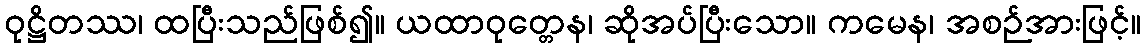
ဝုဋ္ဌိတဿ၊ ထပြီးသည်ဖြစ်၍။ ယထာဝုတ္တေန၊ ဆိုအပ်ပြီးသော။ ကမေန၊ အစဉ်အားဖြင့်။